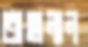
তাহানান